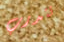
تتدرب